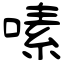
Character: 嗉